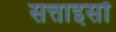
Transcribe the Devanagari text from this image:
सत्ताइसों